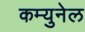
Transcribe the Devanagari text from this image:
कम्युनेल